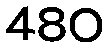
480